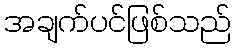
အချက်ပင်ဖြစ်သည်